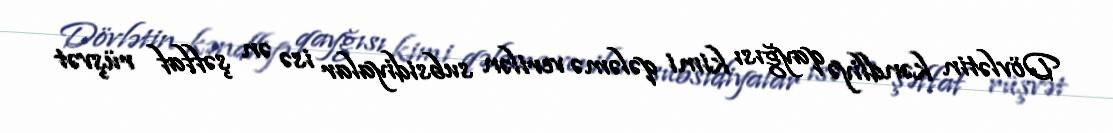
Dövlətin kəndliyə qayğısı kimi qələmə verilən subsidiyalar isə ən şəffaf rüşvət